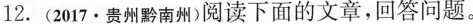
12.(2017·贵州黔南州)阅读下面的文章，回答问题。